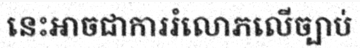
នេះអាចជាការរំលោភលើច្បាប់